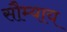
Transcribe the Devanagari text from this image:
सौम्याय